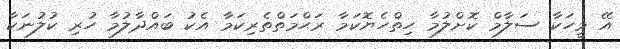
އޭ މީހަކާ ސަލާމް ކޮށްލުމާ ހިތްހެޔޮކަމާ ރަޙްމަތްތެރިކަމާ އެކު ބައްދާލުމާ ހުރި ކުލުނަކާ